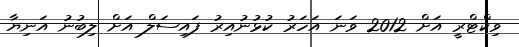
ވިކްޓްރީ އަށް 2012 ވަނަ އަހަރު ކުޅުނުއިރު ފައިސަލް އަށް ލިބުނު އަނިޔާ